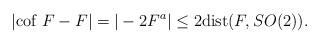
LaTeX: \begin{align*} |\mbox{cof } F - F| = |-2 F^a| \leq 2 \mbox{dist}(F, SO(2)).\end{align*}